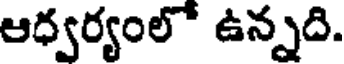
ఆధ్వర్యంలో ఉన్నది.